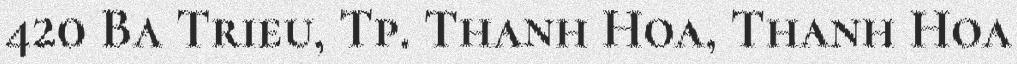
420 Ba Trieu, Tp. Thanh Hoa, Thanh Hoa